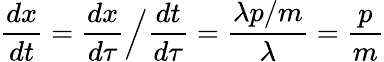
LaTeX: {\frac{dx}{dt}}={\frac{dx}{d\tau}}{\Big/}{\frac{dt}{d\tau}}={\frac{\lambda p/m}{\lambda}}={\frac{p}{m}}